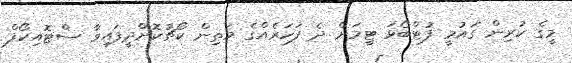
މީގެ ކުރިން ގައުމީ ފުޓްބޯޅަ ޓީމަށް ދެ ފަހަރެއްގެ މަތިން ކޯޗުކޮށްދީފައިވާ ސްޓޮއިކޯފް